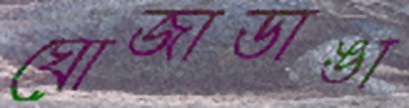
ঘোজাডাঙা